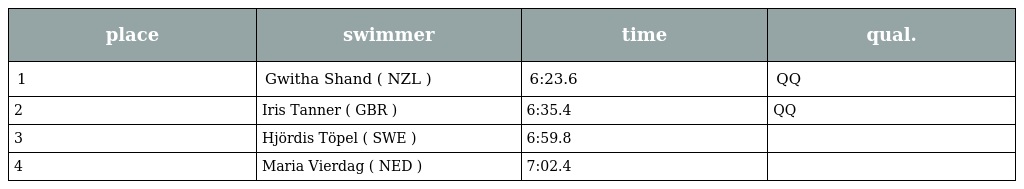
| place | swimmer | time | qual. |
 | --- | --- | --- | --- |
 | 1 | Gwitha Shand ( NZL ) | 6:23.6 | QQ |
 | 2 | Iris Tanner ( GBR ) | 6:35.4 | QQ |
 | 3 | Hjördis Töpel ( SWE ) | 6:59.8 |  |
 | 4 | Maria Vierdag ( NED ) | 7:02.4 |  |